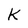
Character: k